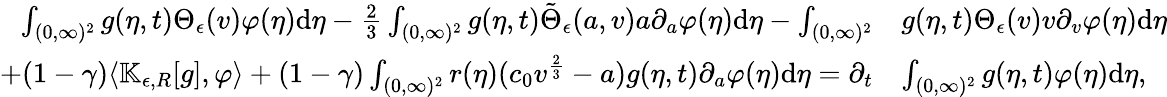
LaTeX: \begin{array}{rl}{\int_{(0,\infty)^{2}}g(\eta,t)\Theta_{\epsilon}(v)\varphi(\eta)\textup{d}\eta-\frac{2}{3}\int_{(0,\infty)^{2}}g(\eta,t)\tilde{\Theta}_{\epsilon}(a,v)a\partial_{a}\varphi(\eta)\textup{d}\eta-\int_{(0,\infty)^{2}}}&{g(\eta,t)\Theta_{\epsilon}(v)v\partial_{v}\varphi(\eta)\textup{d}\eta}\\ {+(1-\gamma)\langle\mathbb{K}_{\epsilon,R}[g],\varphi\rangle+(1-\gamma)\int_{(0,\infty)^{2}}r(\eta)(c_{0}v^{\frac{2}{3}}-a)g(\eta,t)\partial_{a}\varphi(\eta)\textup{d}\eta=\partial_{t}}&{\int_{(0,\infty)^{2}}g(\eta,t)\varphi(\eta)\textup{d}\eta,}\end{array}